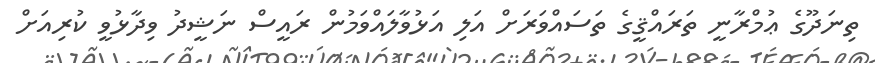
ތިނަދޫގެ ޢުމްރާނީ ތަރައްޤީގެ ތަސައްވަރަށް އަލި އަޅުވާލައްވަމުން ރައީސް ނަޝީދު ވިދާޅުވީ ކުރިއަށް